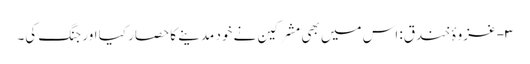
۳- غزوۂ خندق: اس میں بھی مشرکین نے خود مدینے کا حصار کیا اور جنگ کی۔